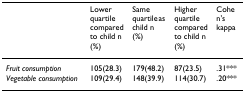
<table><thead><tr><td></td><td><b>Lower quartile compared to child n (%)</b></td><td><b>Same quartile as child n (%)</b></td><td><b>Higher quartile compared to child n (%)</b></td><td><b>Cohen&#x27;s kappa</b></td></tr></thead><tbody><tr><td><i>Fruit consumption</i></td><td>105(28.3)</td><td>179(48.2)</td><td>87(23.5)</td><td>.31***</td></tr><tr><td><i>Vegetable consumption</i></td><td>109(29.4)</td><td>148(39.9)</td><td>114(30.7)</td><td>.20***</td></tr></tbody></table>